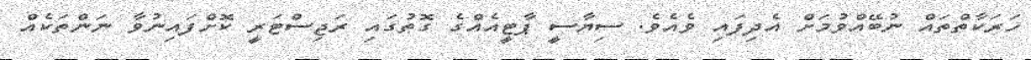
ހަރަކާތްތައް ނުބޭއްވުމަށް އެދިފައި ވެއެވެ. ސިޔާސީ ޕާޓީއެއްގެ ގޮތުގައި ރަޖިސްޓަރީ ކޮށްފައިނުވާ ނަންތަކެއް